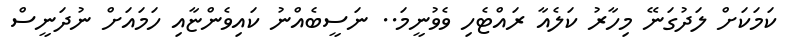
ކަމަކަށް ލަދުގަނޭ މިހާރު ކަލެއާ ރައްޓެހި ވެވުނީމަ.. ނަސީބެއްނު ކައިވެންޏާއި ހަމައަށް ނުދަނީސް